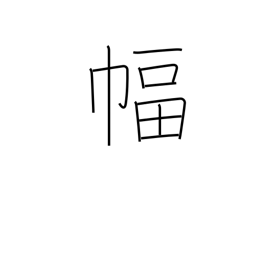
Meaning: hanging scroll